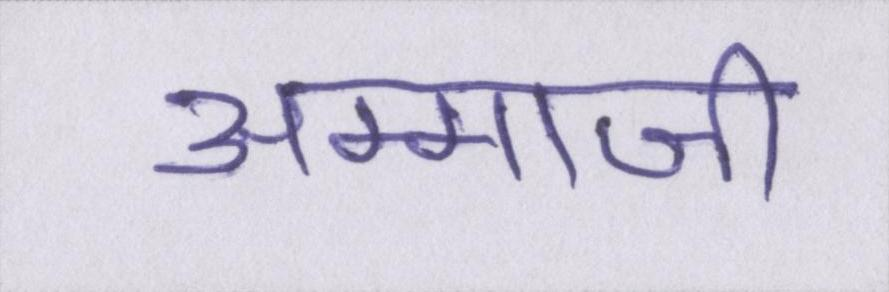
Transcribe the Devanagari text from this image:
अम्माजी